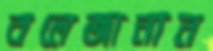
বলেজানান